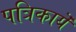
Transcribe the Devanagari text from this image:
पत्रिकायॆं